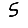
Digit: 5